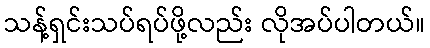
သန့်ရှင်းသပ်ရပ်ဖို့လည်း လိုအပ်ပါတယ်။